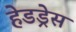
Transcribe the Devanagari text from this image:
हेडड्रेस